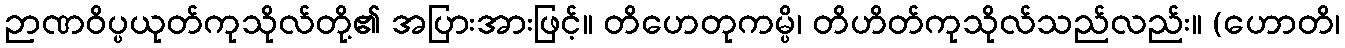
ဉာဏဝိပ္ပယုတ်ကုသိုလ်တို့၏ အပြားအားဖြင့်။ တိဟေတုကမ္ပိ၊ တိဟိတ်ကုသိုလ်သည်လည်း။ (ဟောတိ၊